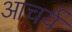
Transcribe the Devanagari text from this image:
आचर्य